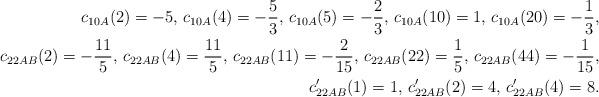
LaTeX: \begin{align*}c_{10A}(2)=-5,\,c_{10A}(4)=-\frac53,\,c_{10A}(5)=-\frac23,\,c_{10A}(10)=1,\,c_{10A}(20)=-\frac13,\\c_{22AB}(2)=-\frac{11}{5},\,c_{22AB}(4)=\frac{11}{5},\,c_{22AB}(11)=-\frac{2}{15},\,c_{22AB}(22)=\frac15,\,c_{22AB}(44)=-\frac{1}{15},\\c'_{22AB}(1)=1,\,c'_{22AB}(2)=4,\,c'_{22AB}(4)=8.\end{align*}